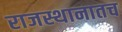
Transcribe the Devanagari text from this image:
राजस्थानातच